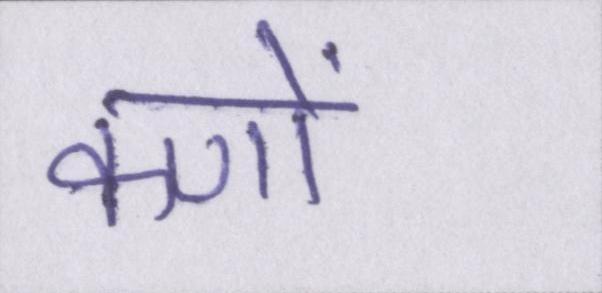
कणों